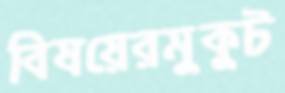
বিষয়েরমুকুট